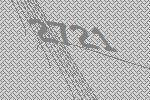
2721